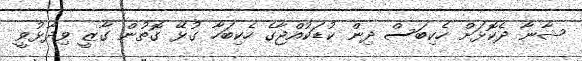
ޝާނާ ދެކޮޅަށް ހެކިބަސް ދިން ކުޑަކުއްޖާގެ ހެކިބަހާ ގުޅޭ ގޮތުން ގާޒީ ވިދާޅުވީ